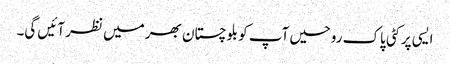
ایسی پر کٹی پاک روحیں آپ کو بلوچستان بھر میں نظر آئیں گی۔